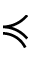
\preccurlyeq